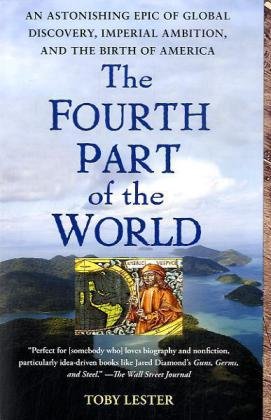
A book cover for The Fourth Part of the World: An Astonishing Epic of Global Discovery, Imperial Ambition, and the Birth of America; Toby Lester; Science & Math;